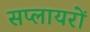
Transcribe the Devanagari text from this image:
सप्लायरों